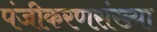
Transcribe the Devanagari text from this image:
पंजीकरणसंख्या